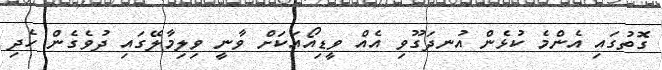
ގޮތުގައި އެންމެ ކުޅެން އުނދަގޫވި އެއް ވީޑިއޯއަކަށް ވާނީ ވިލިމާލޭގައި ދުވެގެން ހެދި